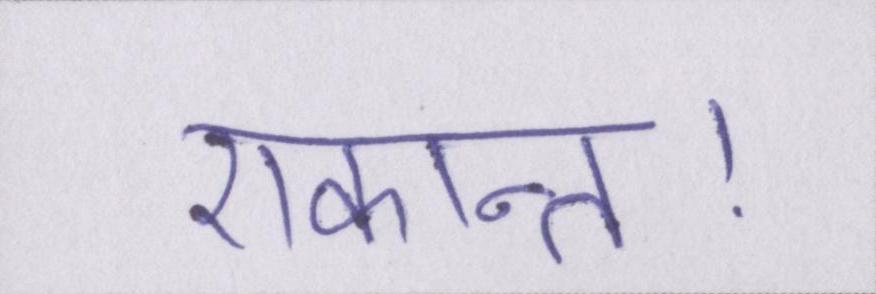
एकान्त।